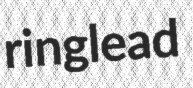
ringlead